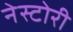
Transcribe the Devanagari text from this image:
नेस्टोरी